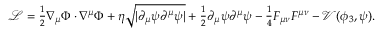
\begin{array} { r } { \mathcal { L } = \frac { 1 } { 2 } \nabla _ { \mu } \Phi \cdot \nabla ^ { \mu } \Phi + \eta \sqrt { \vert \partial _ { \mu } \psi \partial ^ { \mu } \psi \vert } + \frac { 1 } { 2 } \partial _ { \mu } \psi \partial ^ { \mu } \psi - \frac { 1 } { 4 } F _ { \mu \nu } F ^ { \mu \nu } - \mathcal { V } ( \phi _ { 3 } , \psi ) . } \end{array}